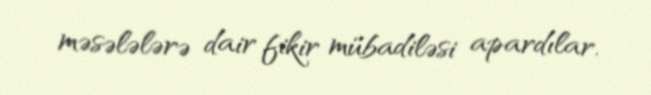
məsələlərə dair fikir mübadiləsi apardılar.